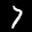
Label: 7